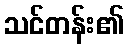
သင်တန်း၏